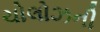
ચોલોઝની